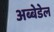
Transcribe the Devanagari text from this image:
अब्बेडेल